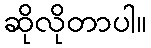
ဆိုလိုတာပါ။